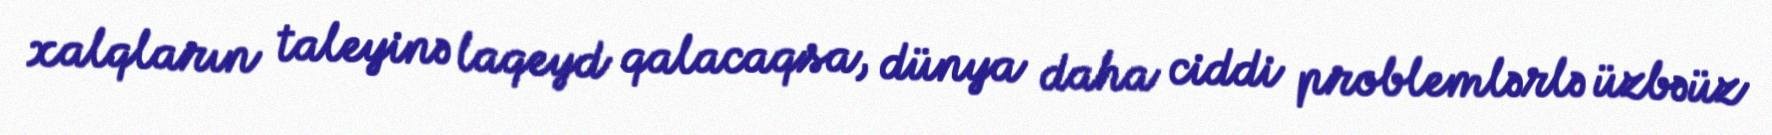
xalqların taleyinə laqeyd qalacaqsa, dünya daha ciddi problemlərlə üzbəüz